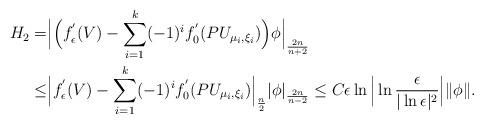
LaTeX: \begin{align*} H_2 = & \Big|\Big(f_\epsilon^{'}(V)-\sum_{i=1}^k(-1)^if_0^{'}(PU_{ \mu_i,\xi_i})\Big)\phi\Big|_{\frac{2n}{n+2}} \\ \leq & \Big|f_\epsilon^{'}(V)-\sum_{i=1}^k(-1)^if_0^{'}(PU_{ \mu_i,\xi_i})\Big|_{\frac{ n}{ 2}}|\phi |_{\frac{2n}{n-2}} \leq C \epsilon\ln\Big|\ln\frac{\epsilon}{|\ln\epsilon|^2}\Big| \|\phi\|.\end{align*}